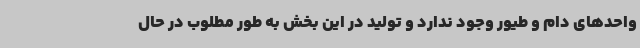
واحدهای دام و طیور وجود ندارد و تولید در این بخش به طور مطلوب در حال